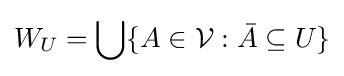
W_{U}=\bigcup \{A\in {\mathcal {V}}:{\bar {A}}\subseteq U\}